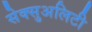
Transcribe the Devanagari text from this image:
सेक्सुअलिटी